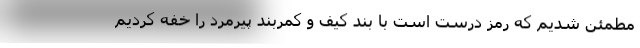
مطمئن شدیم که رمز درست است با بند کیف و کمربند پیرمرد را خفه کردیم